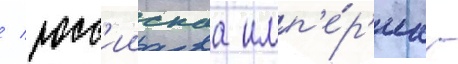
/ росс'иискаа имп'е́р'иа -